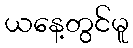
ယနေ့တွင်မူ